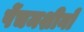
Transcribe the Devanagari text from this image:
पेंचमशीनों